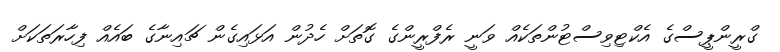
ގްރީންޕީސްގެ އެކްޓިވިސްޓުންތަކެއް ވަނީ ރެފްރީންގެ ގޮތަށް ހެދުން އަޅައިގެން ޗައިނާގެ ބައެއް ފިހާރަތަކަށް